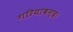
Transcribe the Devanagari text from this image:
गरियाबन्द।